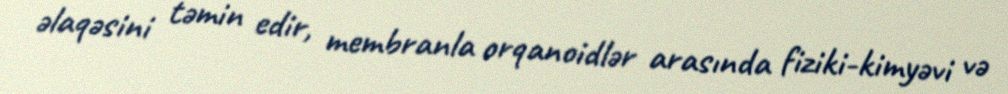
əlaqəsini təmin edir, membranla orqanoidlər arasında fiziki-kimyəvi və